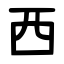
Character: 西